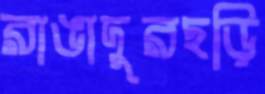
রাঙাদুরছড়ি